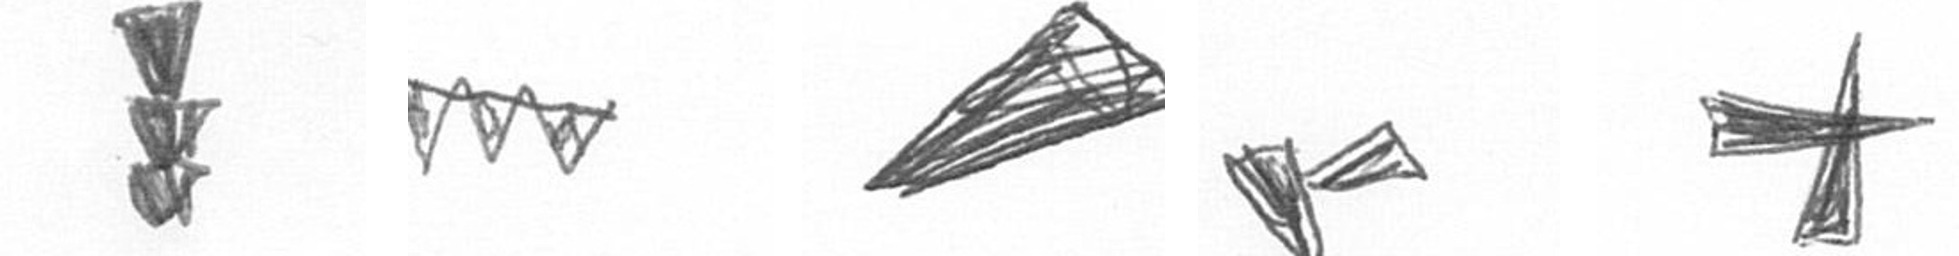
E L O F G